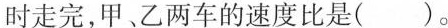
时走完，甲、乙两车的速度比是( )。